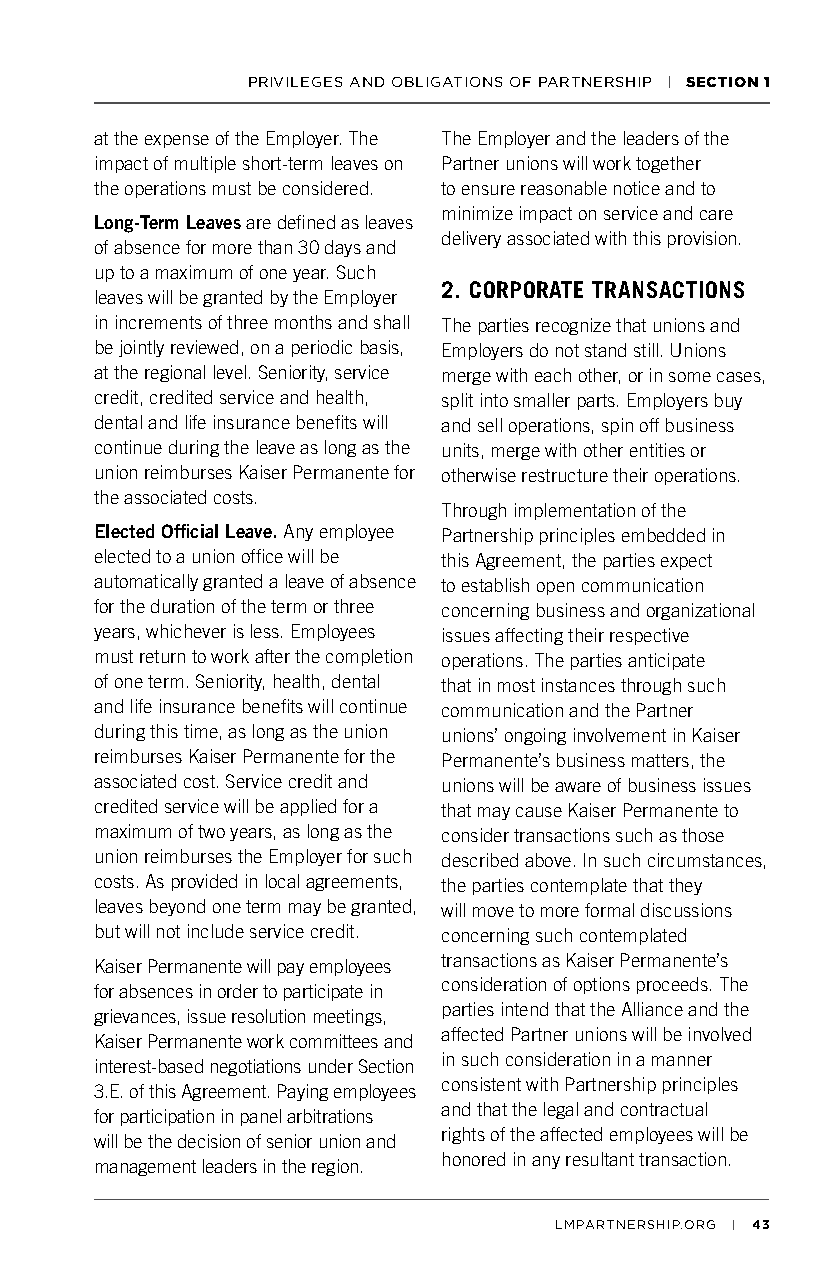
PRIVILEGES AND OBLIGATIONS OF PARTNERSHIP | SECTION 1
 at the expense of the Employer. The The Employer and the leaders of the
 impact of multiple short-term leaves on Partner unions will work together
 the operations must be considered. to ensure reasonable notice and to
 minimize impact on service and care
 Long-Term Leaves are defined as leaves
 delivery associated with this provision.
 of absence for more than 30 days and
 up to a maximum of one year. Such
 2. CORPORATE TRANSACTIONS
 leaves will be granted by the Employer
 in increments of three months and shall The parties recognize that unions and
 be jointly reviewed, on a periodic basis, Employers do not stand still. Unions
 at the regional level. Seniority, service merge with each other, or in some cases,
 credit, credited service and health, split into smaller parts. Employers buy
 dental and life insurance benefits will and sell operations, spin off business
 continue during the leave as long as the units, merge with other entities or
 union reimburses Kaiser Permanente for otherwise restructure their operations.
 the associated costs.
 Through implementation of the
 Elected Official Leave. Any employee Partnership principles embedded in
 elected to a union office will be this Agreement, the parties expect
 automatically granted a leave of absence to establish open communication
 for the duration of the term or three concerning business and organizational
 years, whichever is less. Employees issues affecting their respective
 must return to work after the completion operations. The parties anticipate
 of one term. Seniority, health, dental that in most instances through such
 and life insurance benefits will continue communication and the Partner
 during this time, as long as the union unions’ ongoing involvement in Kaiser
 reimburses Kaiser Permanente for the Permanente’s business matters, the
 associated cost. Service credit and unions will be aware of business issues
 credited service will be applied for a that may cause Kaiser Permanente to
 maximum of two years, as long as the consider transactions such as those
 union reimburses the Employer for such described above. In such circumstances,
 costs. As provided in local agreements, the parties contemplate that they
 leaves beyond one term may be granted, will move to more formal discussions
 but will not include service credit. concerning such contemplated
 Kaiser Permanente will pay employees transactions as Kaiser Permanente’s
 for absences in order to participate in consideration of options proceeds. The
 grievances, issue resolution meetings, parties intend that the Alliance and the
 Kaiser Permanente work committees and affected Partner unions will be involved
 interest-based negotiations under Section in such consideration in a manner
 3.E. of this Agreement. Paying employees consistent with Partnership principles
 for participation in panel arbitrations and that the legal and contractual
 will be the decision of senior union and rights of the affected employees will be
 management leaders in the region. honored in any resultant transaction.
 LMPARTNERSHIP.ORG | 43